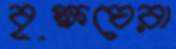
বৃক্ষঘেরা